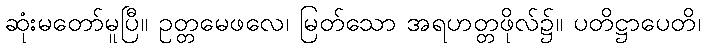
ဆုံးမတော်မူပြီ။ ဥတ္တမေဖလေ၊ မြတ်သော အရဟတ္တဖိုလ်၌။ ပတိဋ္ဌာပေတိ၊